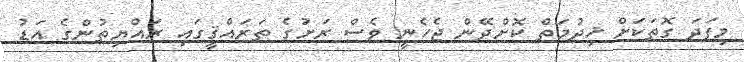
މިފަދަ ގޮތަކަށް ޚިދުމަތް ކޮށްދޭން ޖެހެނީ ވެސް ރަށުގެ ތަރައްޤީގައި ރައްޔިތުންގެ އަޑު